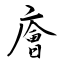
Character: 廥